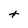
Character: t